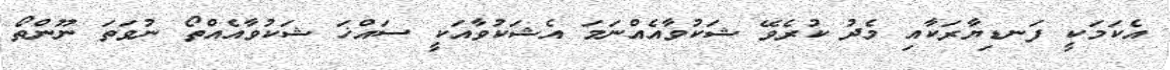
އެކަމަކީ ފަނޑިޔާރަކާއި މެދު ކުރެވޭ ޝަކުވާއެއްނަމަ އެޝަކުވާއަކީ ސައްޚަ ޝަކުވާއެއްތޯ ނުވަތަ ނޫންތޯ